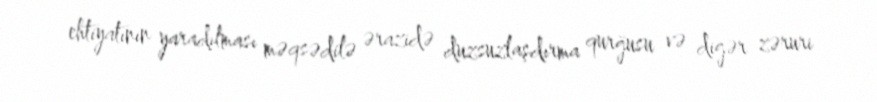
ehtiyatının yaradılması məqsədilə ərazidə duzsuzlaşdırma qurğusu və digər zəruri